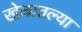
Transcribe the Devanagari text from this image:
खेळातल्या